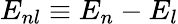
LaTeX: E_{nl}\equiv E_{n}-E_{l}